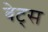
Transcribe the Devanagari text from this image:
बेट्‌स